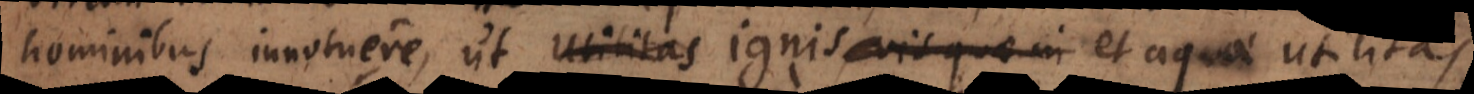
hominibus innotuere, ut utilitas ignis vis quae in terra est